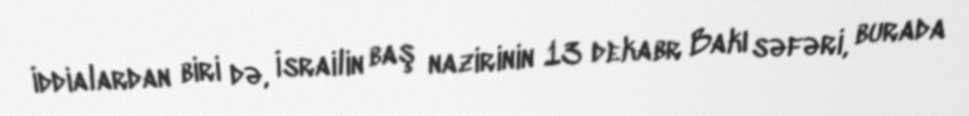
İddialardan biri də, İsrailin baş nazirinin 13 dekabr Bakı səfəri, burada